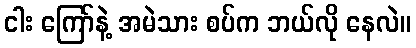
ငါး ကြော်နဲ့ အမဲသား စပ်က ဘယ်လို နေလဲ။